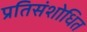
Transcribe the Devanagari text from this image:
प्रतिसंशोधित